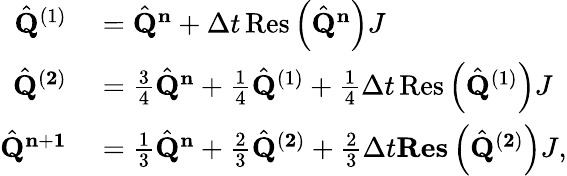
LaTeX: \begin{array}{rl}{\hat{\mathbf{Q}}^{(1)}}&{{}=\hat{\mathbf{Q}}^{\mathbf{n}}+\Delta t\operatorname{Res}\left(\hat{\mathbf{Q}}^{\mathbf{n}}\right)J}\\ {\hat{\mathbf{Q}}^{(\mathbf{2})}}&{{}=\frac{3}{4}\hat{\mathbf{Q}}^{\mathbf{n}}+\frac{1}{4}\hat{\mathbf{Q}}^{(1)}+\frac{1}{4}\Delta t\operatorname{Res}\left(\hat{\mathbf{Q}}^{(1)}\right)J}\\ {\hat{\mathbf{Q}}^{\mathbf{n}+\mathbf{1}}}&{{}=\frac{1}{3}\hat{\mathbf{Q}}^{\mathbf{n}}+\frac{2}{3}\hat{\mathbf{Q}}^{(\mathbf{2})}+\frac{2}{3}\Delta t\mathbf{Res}\left(\hat{\mathbf{Q}}^{(\mathbf{2})}\right)J,}\end{array}